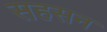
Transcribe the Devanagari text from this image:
सहसन